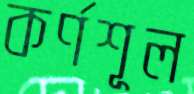
কর্ণশূল